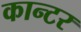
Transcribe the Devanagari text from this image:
कान्टर